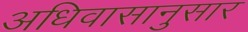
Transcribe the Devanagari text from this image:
अधिवासानुसार